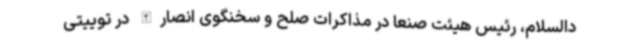
دالسلام، رئیس هیئت صنعا در مذاکرات صلح و سخنگوی انصارالله در توییتی